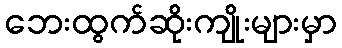
ဘေးထွက်ဆိုးကျိုးများမှာ